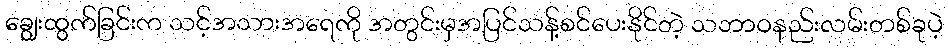
ချွေးထွက်ခြင်းက သင့်အသားအရေကို အတွင်းမှအပြင်သန့်စင်ပေးနိုင်တဲ့ သဘာဝနည်းလမ်းတစ်ခုပဲ့